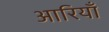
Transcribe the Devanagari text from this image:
आरियाँ